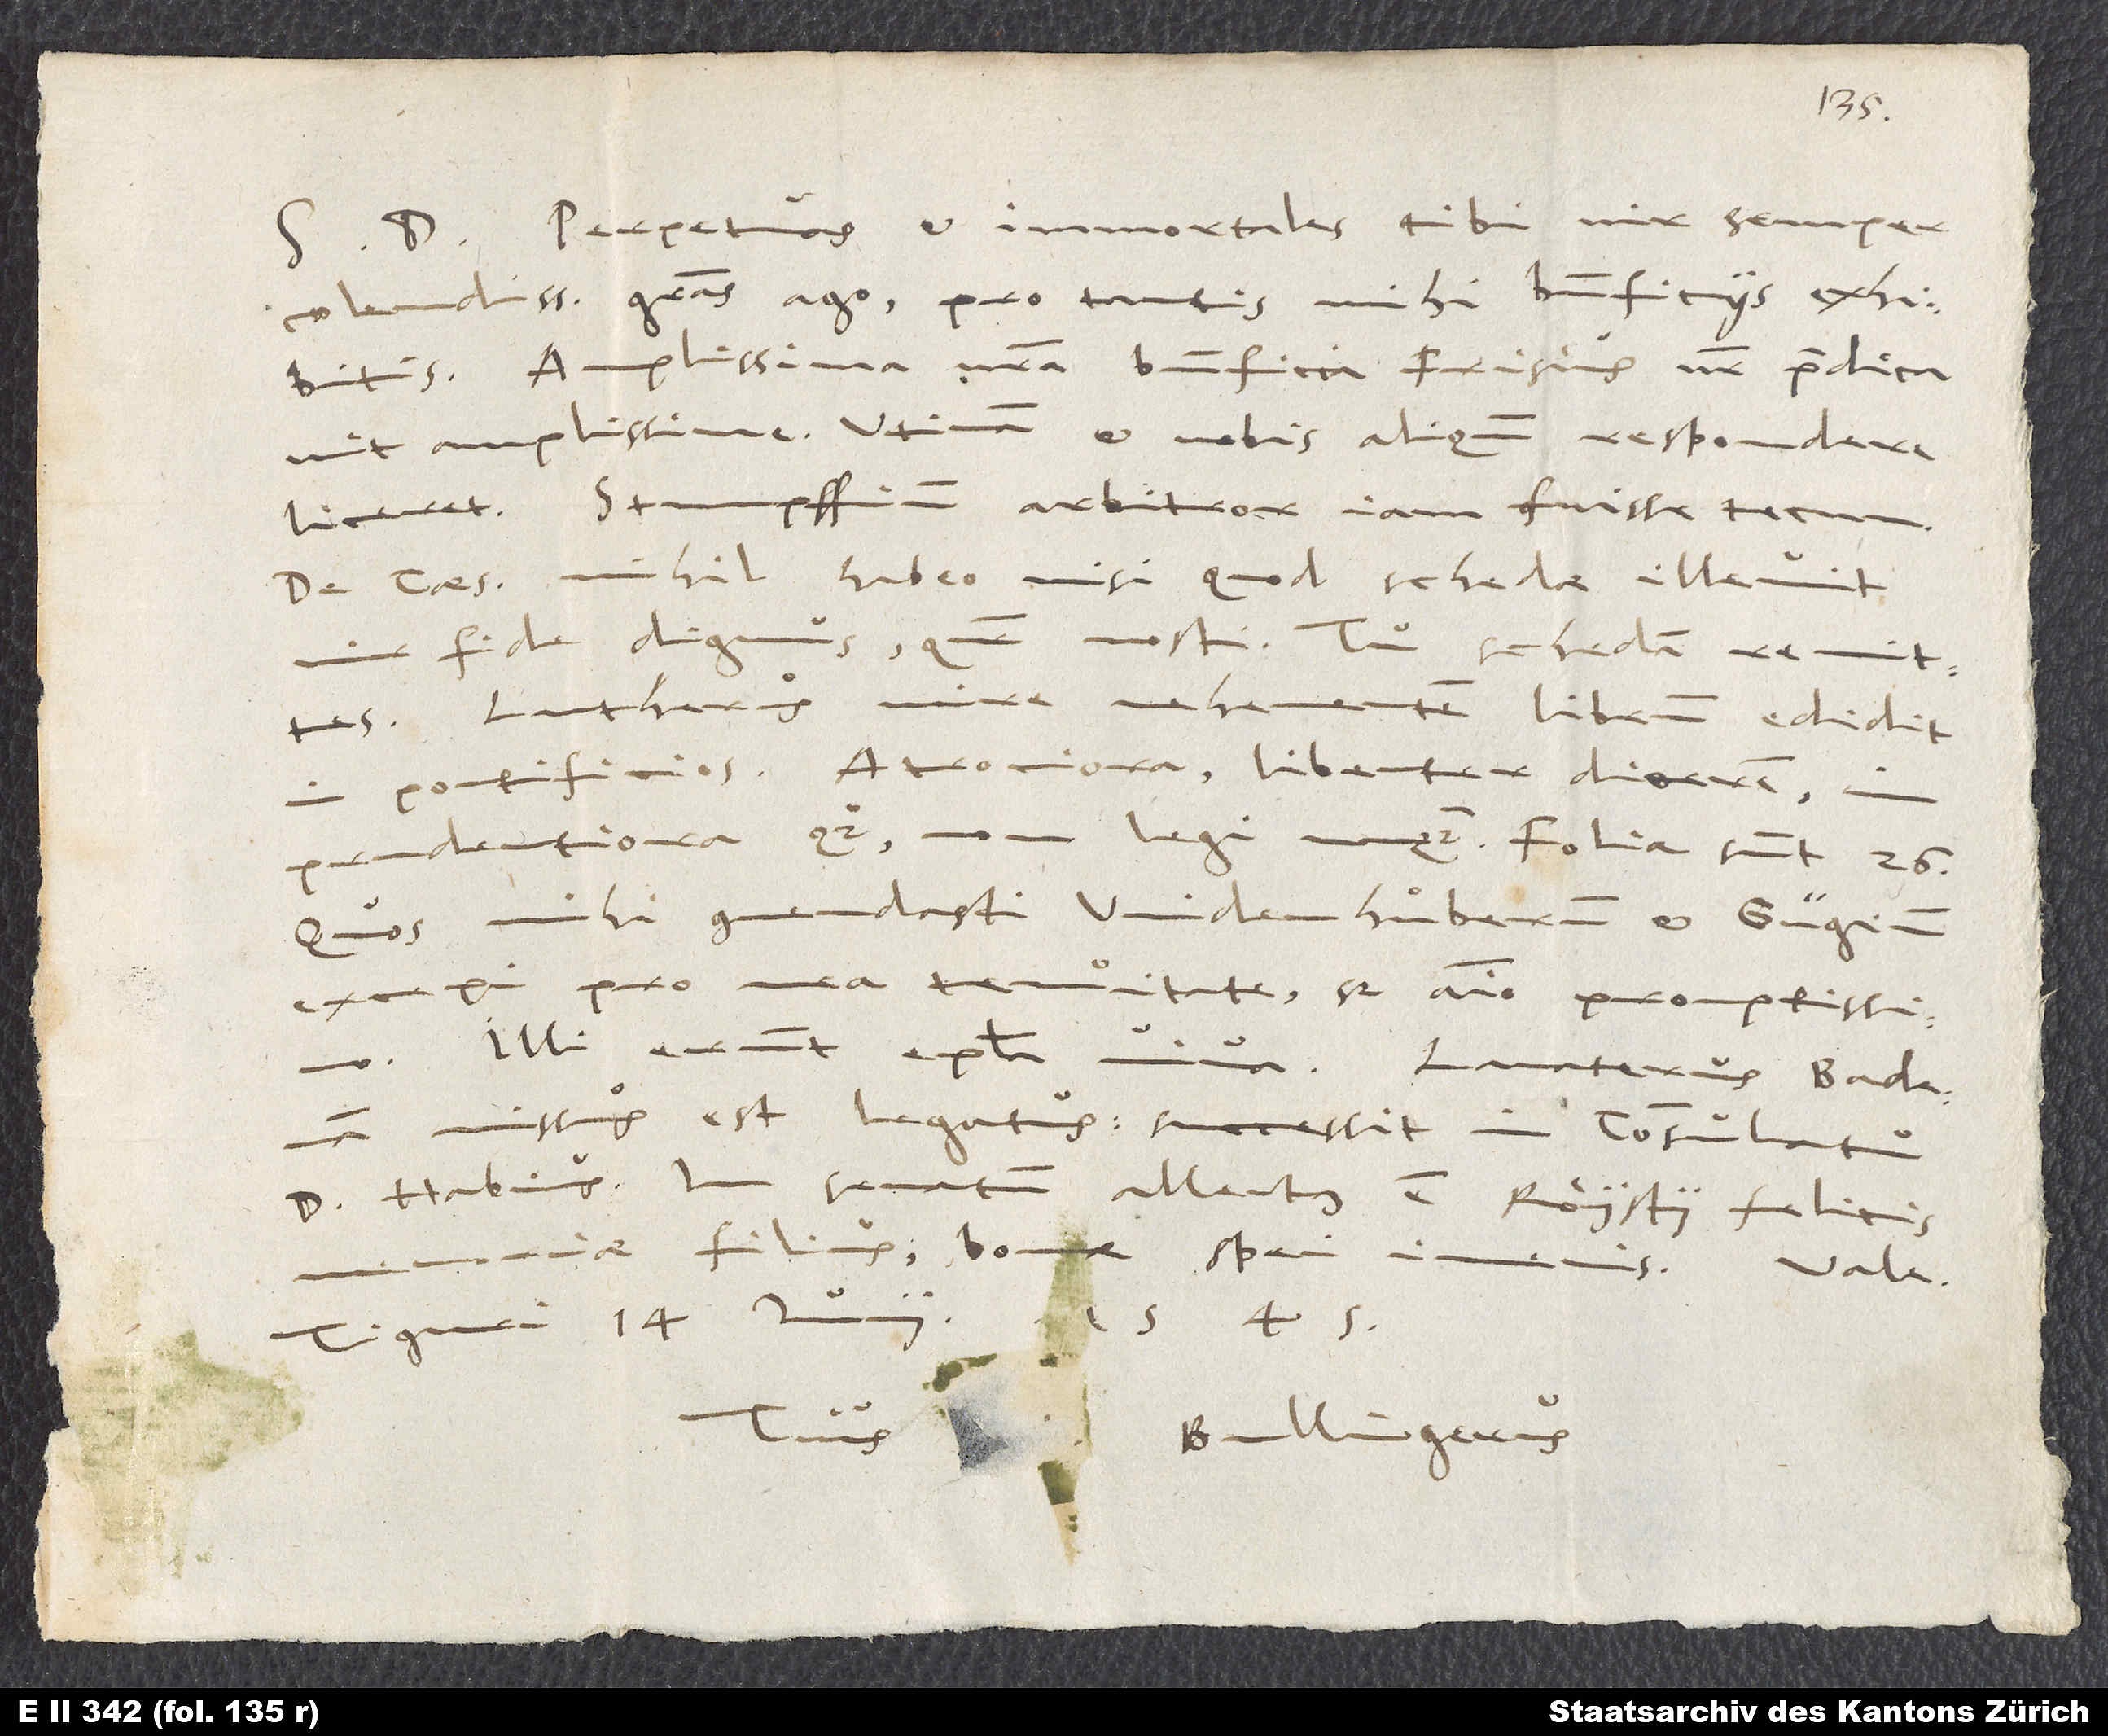
Perpetuas et immortales tibi, vir semper
colendissime, gratias ago pro tantis mihi beneficiis exhibitis.
Amplissina vestra beneficia Frisius noster praedicavit
amplissime. Utinam et nobis aliquando respondere
liceret! Stumpffium arbitror iam fuisse tecum.
De Caesare nihil habeo, nisi quod schedae illevit
vir fide dignus, quem nosti. Tu schedam remittes.
Lutherus mire vehementem librum edidit
pontificios. Atrociora, libenter dicerem
imprudentiora quoque non legi unquam. Folia sunt 26.
Quos mihi commendasti, Widenhuͦberum et Gügium,
excepi pro mea tenuitate, sed animo promptissimo.
Illi erunt epistola viva. Lavaterus Badenam
missus est legatus; successit in consulatu
Habius; in senatum allectus est Roystii felicis
filius, bonae spei iuvenis.
Vale.
1545.
Tiguri, 14. Iunii
Tuus Bullingerus.